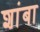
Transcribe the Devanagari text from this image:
शांबा